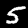
Label: 5